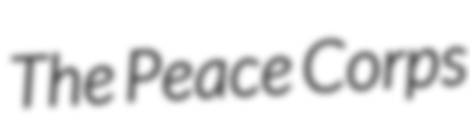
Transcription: The Peace Corps